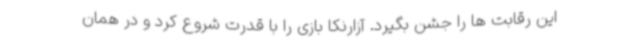
این رقابت ها را جشن بگیرد. آزارنکا بازی را با قدرت شروع کرد و در همان